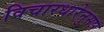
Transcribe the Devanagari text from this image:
विचारधारेनुसार